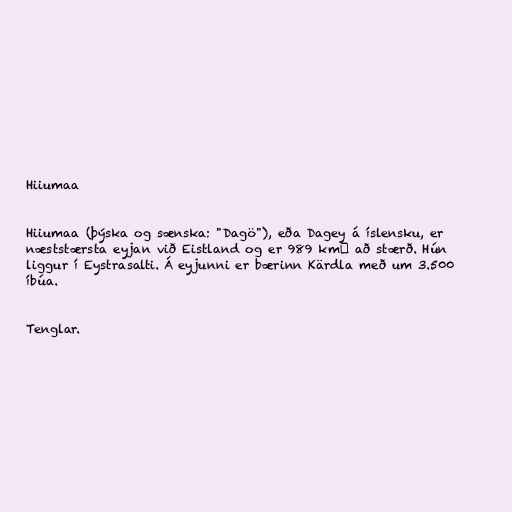
Hiiumaa

Hiiumaa (þýska og sænska: "Dagö"), eða Dagey á íslensku, er
næststærsta eyjan við Eistland og er 989 km² að stærð. Hún
liggur í Eystrasalti. Á eyjunni er bærinn Kärdla með um 3.500
íbúa.

Tenglar.